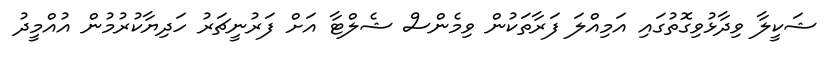
ޝަކީލާ ވިދާޅުވިގޮތުގައި އަމިއްލަ ފަރާތަކުން ވިމެންސް ޝެލްޓާ އަށް ފަރުނީޗަރު ހަދިޔާކުރުމުން އުއްމީދު